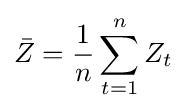
{\bar {Z}}={\frac {1}{n}}\sum _{t=1}^{n}Z_{t}